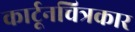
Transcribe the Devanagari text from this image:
कार्टूनचित्रकार